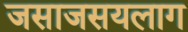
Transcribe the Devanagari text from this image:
जसाजसयलाग